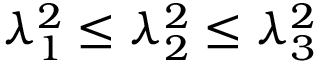
\lambda _ { 1 } ^ { 2 } \le \lambda _ { 2 } ^ { 2 } \le \lambda _ { 3 } ^ { 2 }